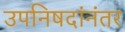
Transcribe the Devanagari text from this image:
उपनिषदांनंतर